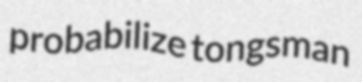
probabilize tongsman